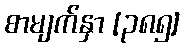
စာမျက်နှာ [၃၈၅]